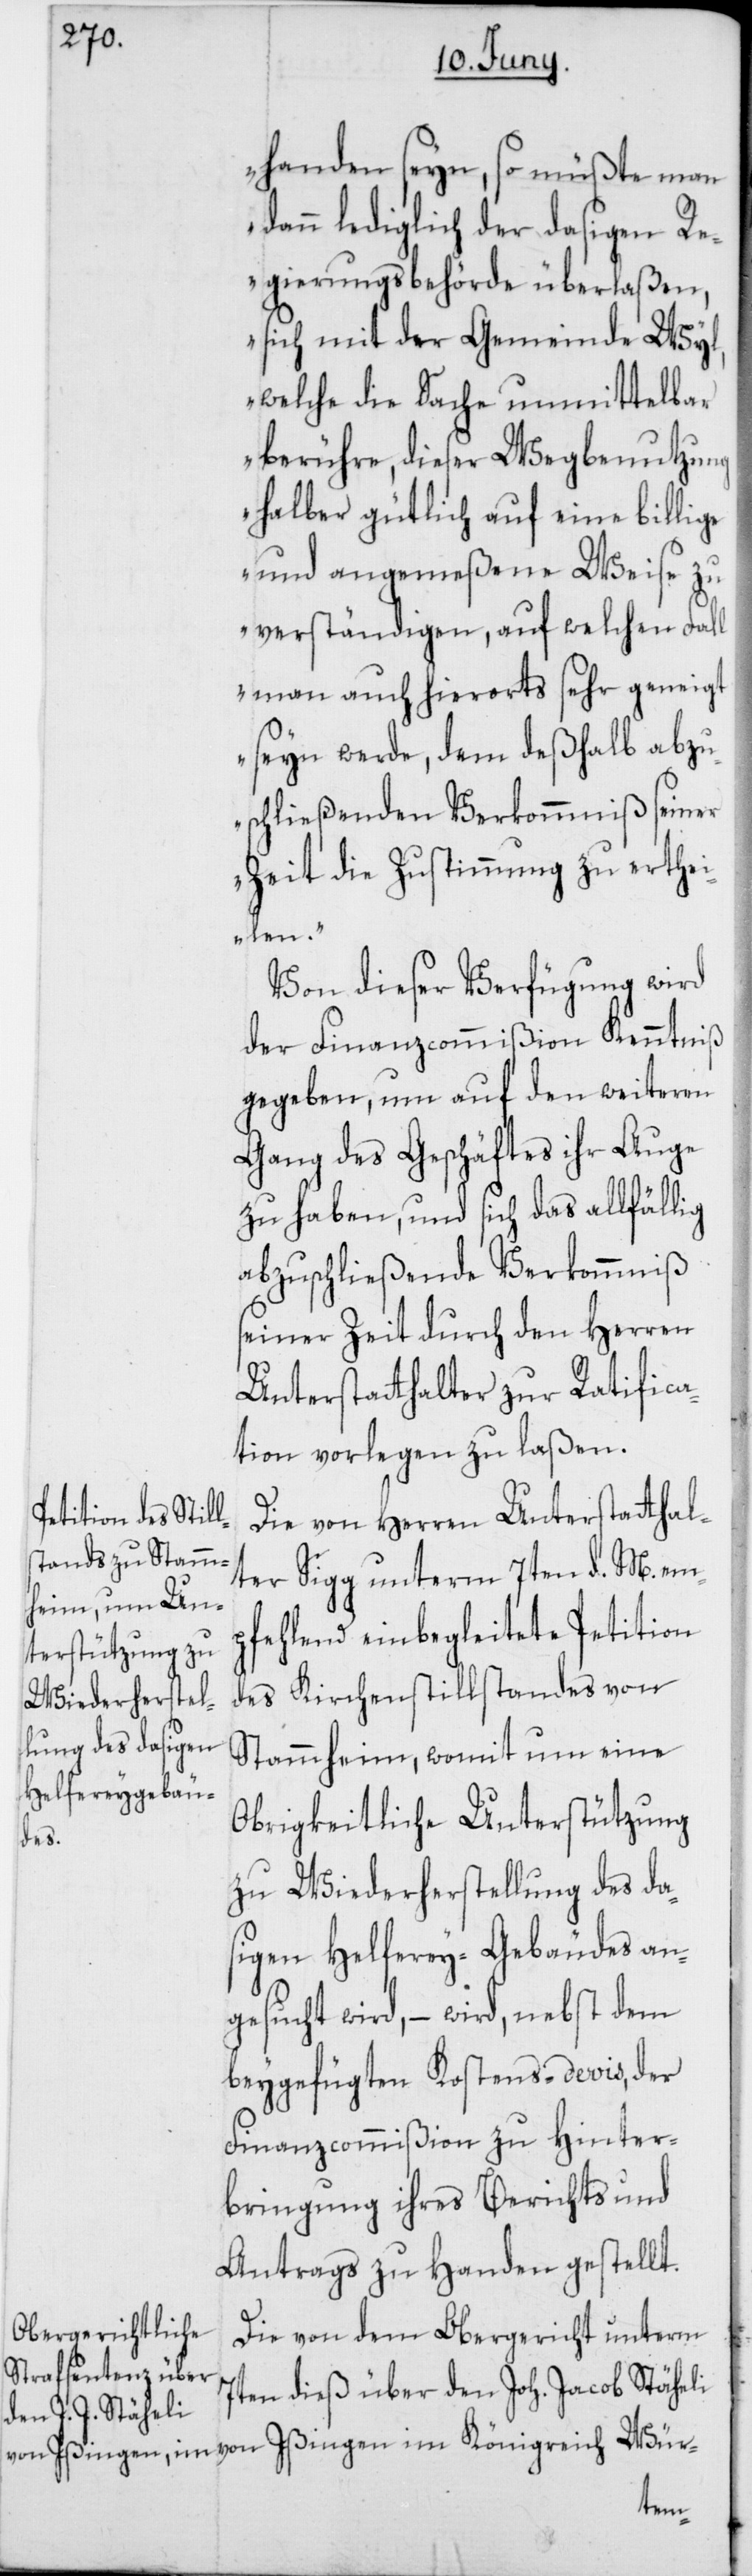
handen seyn, so müßte man
dann lediglich der dasigen Re¬
gierungsbehörde überlaßen,
sich mit der Gemeinde Wyl,
welche die Sache unmittelbar
berühre, dieser Wegbenutzung
halber gütlich auf eine billige
und angemeßene Weise zu
verständigen, auf welchen Fall
man auch hierorts sehr geneigt
seyn werde, dem deßhalb abzu¬
schließenden Verkommniß seiner
Zeit die Zustimmung zu erthei¬
len.“
Von dieser Verfügung wird
der Finanzcommißion Kenntniß
gegeben, um auf den weiteren
Gang des Geschäftes ihr Auge
zu haben, und sich das allfällig
abzuschließende Verkommniß
seiner Zeit durch den Herren
Unterstatthalter zur Ratifica¬
tion vorlegen zu laßen.
Die von Herren Unterstatthal¬
ter Sigg unterm 7ten d. M. emp¬
fehlend einbegleitete Petition
des Kirchenstillstandes von
Stammheim, womit um eine
Obrigkeitliche Unterstützung
zu Wiederherstellung des da¬
sigen Helferey-Gebäudes an¬
gesucht wird, – wird, nebst dem
beygefügten Kostens-devis, der
Finanzcommißion zu Hinter¬
bringung ihres Berichts und
Antrags zu Handen gestellt.
Die von dem Obergericht unterm
7ten dieß über den Joh. Jacob Stäheli